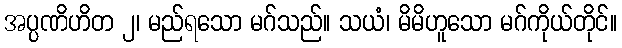
အပ္ပဏိဟိတ ၂၊ မည်ရသော မဂ်သည်။ သယံ၊ မိမိဟူသော မဂ်ကိုယ်တိုင်။